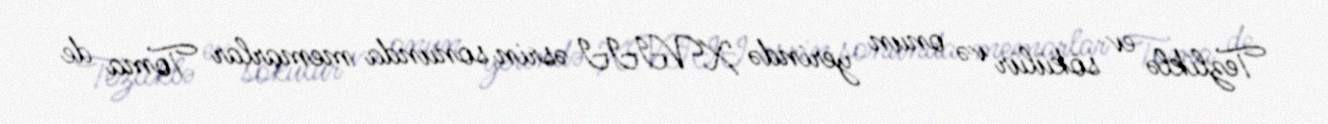
Tezliklə ev sökülür və onun yerində XVIII əsrin sonunda memarlar Toma de